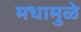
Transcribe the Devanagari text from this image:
मधामुळे